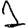
Digit: 1